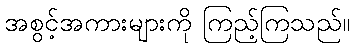
အစွင့်အကားများကို ကြည့်ကြသည်။